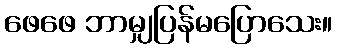
ဖေဖေ ဘာမျှပြန်မပြောသေး။